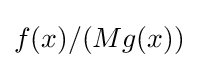
f(x)/(Mg(x))